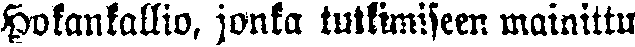
Hokankallio, jonka tutkimiseen mainittu